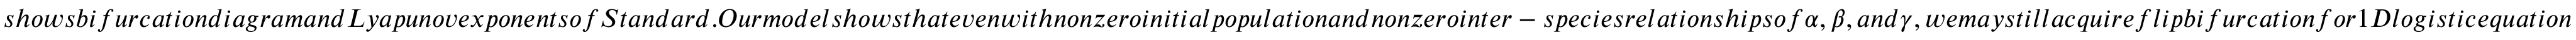
s h o w s b i f u r c a t i o n d i a g r a m a n d L y a p u n o v e x p o n e n t s o f S t a n d a r d . O u r m o d e l s h o w s t h a t e v e n w i t h n o n z e r o i n i t i a l p o p u l a t i o n a n d n o n z e r o i n t e r - s p e c i e s r e l a t i o n s h i p s o f \alpha , \beta , a n d \gamma , w e m a y s t i l l a c q u i r e f l i p b i f u r c a t i o n f o r 1 D l o g i s t i c e q u a t i o n